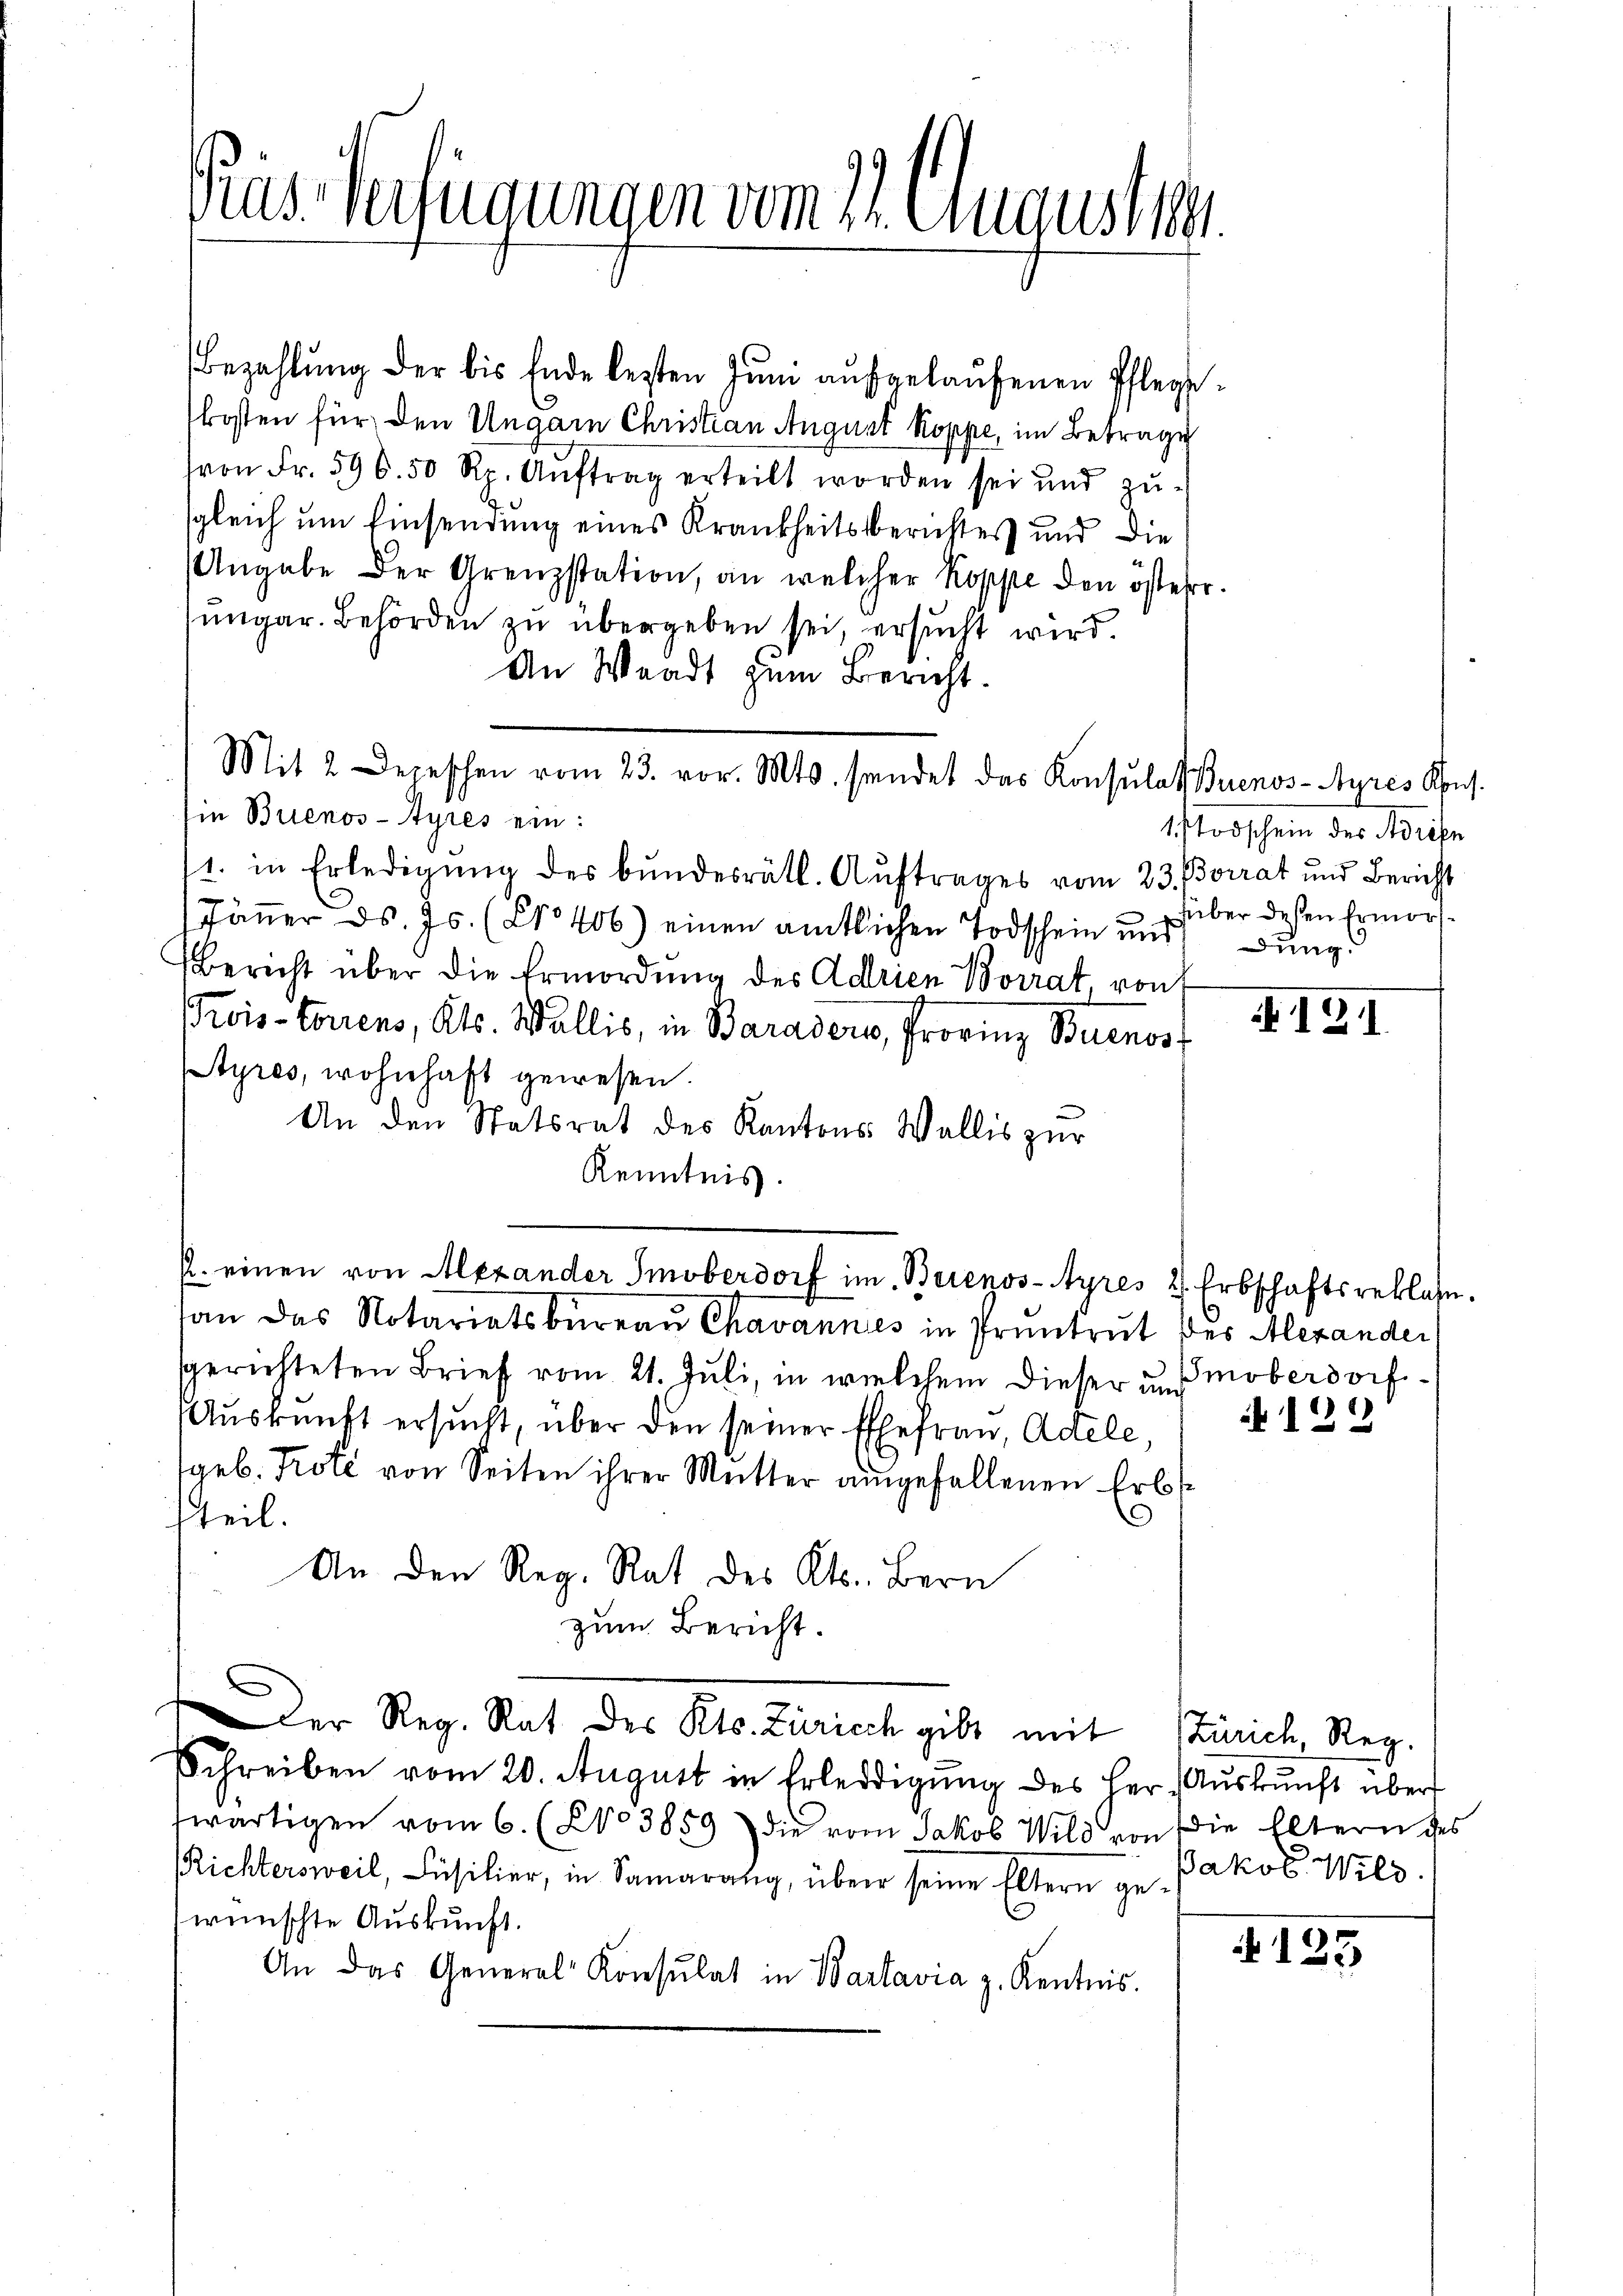
Pas Verfügungen vom 21. Augusten.

Bezahlung der bis Ende lezten Juni aufgelaufenen Pflegekosten für den Ungarn Christian August Koppe, im Betrage
von Fr. 596. 50 Rp. Aŭftrag erteilt worden sei und zu-
sgleich um Einsendung eines Krankheitsberichtes und die
Angabe der Grenzstation, an welcher Koppe den öster
ungar. Behörden zu übergeben sei, ersucht wird.
An Waadt zum Bericht.
Mit 2 Depeschen vom 23. vor. Mts. sendet das Konsulat Buenos-Ayres Kons.
ein Buenos-Ayres ein:
11. in Erledigung des bundesrätl. Auftrages vom 23. Borrat und Bericht
Jänner ds. Js. (Nro 406.) einen amtlichen Todschein und
Bericht über die Ermordung des Adrien Borrat, von
rois-Forrens, Kts. Wallis, in Baradero, Provinz Buenoss
Styres, wohnhaft gewesen.
An den Statsrat des Kantons- Wallis zur
Kenntnis.
P. einen von Alexander Smoberdorf im Beienos-Ayres 2. Erbschaftsreklasse.
an das Notariatsbüreau Chavannes in Pruntrut des Alexander
sgerichteten Brief vom 21. Juli, in welchem dieser uns moberdorf¬
Auskunft ersucht, über den seiner Ehefrau, Adele,
geb. Prote von Seiten ihrer Mutter angefallenen Erbsteil.
An den Reg. Rat des Kts. Bern
zum Bericht.
der Reg. Rat des Kts. Zürich gibt mit Zürich, Reg.
Schreiben vom 20. August in Erledigŭng des Herr Aŭskŭnft über
fwärtigen vom 6. (No 3859 die vom Jakob Wild von die Eltern des
Richtersweil, Füsilier, in Samarang, über seine Eltern ge- Jakob Wild.
wünschte Auskunft.
An das General Konsulat in Wartavia z. Kentnis.

1Todschein des Adresn
über dessen Ermordung.

121.

129

125